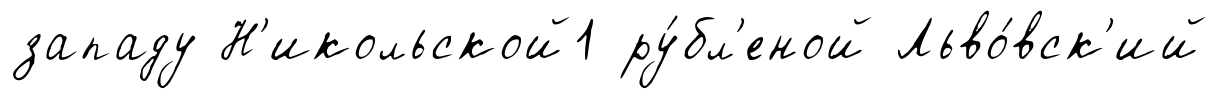
западу Н'икольской1 ру́бл'еной Льво́вск'ий